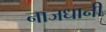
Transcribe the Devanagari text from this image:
नाजधानी